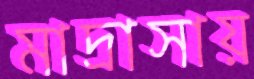
মাদ্রাসায়